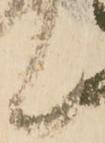
候